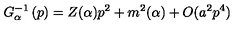
G _ { \alpha } ^ { - 1 } \left( p \right) = Z ( \alpha ) p ^ { 2 } + m ^ { 2 } ( \alpha ) + O ( a ^ { 2 } p ^ { 4 } )